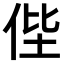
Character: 𠈺